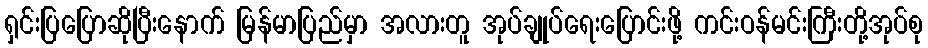
ရှင်းပြပြောဆိုပြီးနောက် မြန်မာပြည်မှာ အလားတူ အုပ်ချုပ်ရေးပြောင်းဖို့ ကင်းဝန်မင်းကြီးတို့အုပ်စု